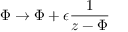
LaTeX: \nonumber \Phi \rightarrow \Phi + \epsilon { \frac { 1 } { z - \Phi } }